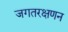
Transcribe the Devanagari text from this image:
जगतरक्षणन